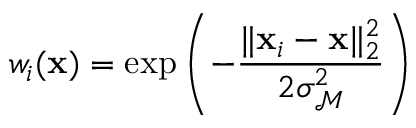
w _ { i } ( \mathbf { x } ) = \exp \left( - \frac { \| \mathbf { x } _ { i } - \mathbf { x } \| _ { 2 } ^ { 2 } } { 2 \sigma _ { \mathcal { M } } ^ { 2 } } \right)